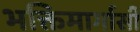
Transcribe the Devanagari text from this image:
भक्तिमार्गासी